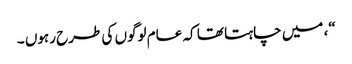
“، میں چاہتا تھا کہ عام لوگوں کی طرح رہوں ۔